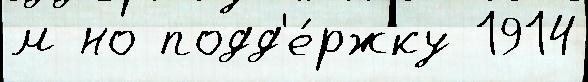
м но подд'е́ржку 1914